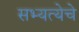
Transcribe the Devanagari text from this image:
सभ्यत्येचे